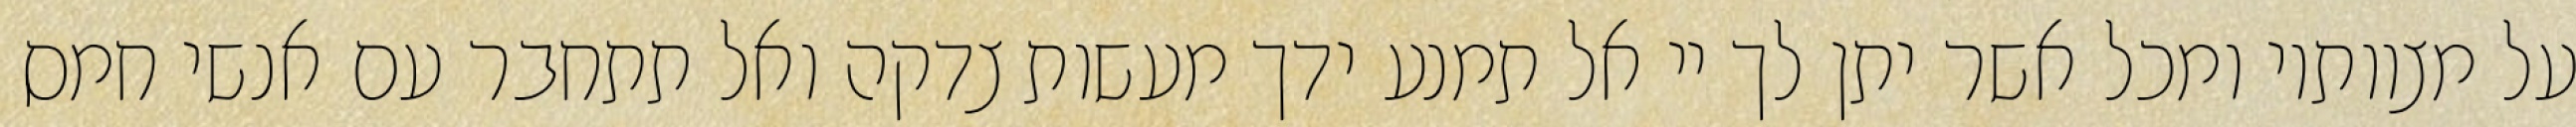
על מצוותיו ומכל אשר יתן לך יי אל תמנע ידך מעשות צדקה ואל תתחבר עם אנשי חמס